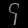
Digit: ၄